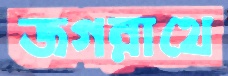
জগন্নাথে